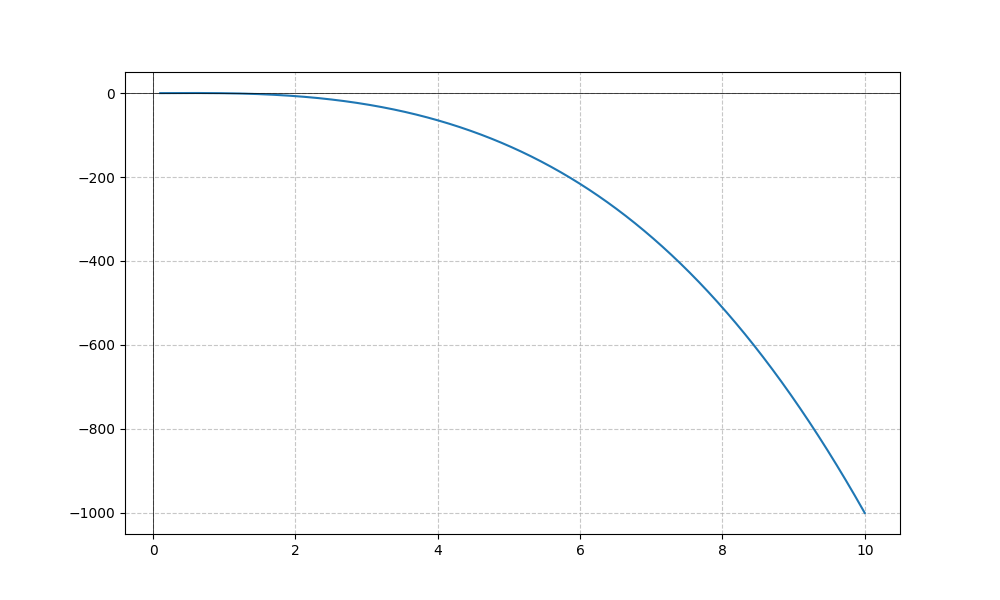
LaTeX formula: - x^{3} + \sin{\left(x \right)}